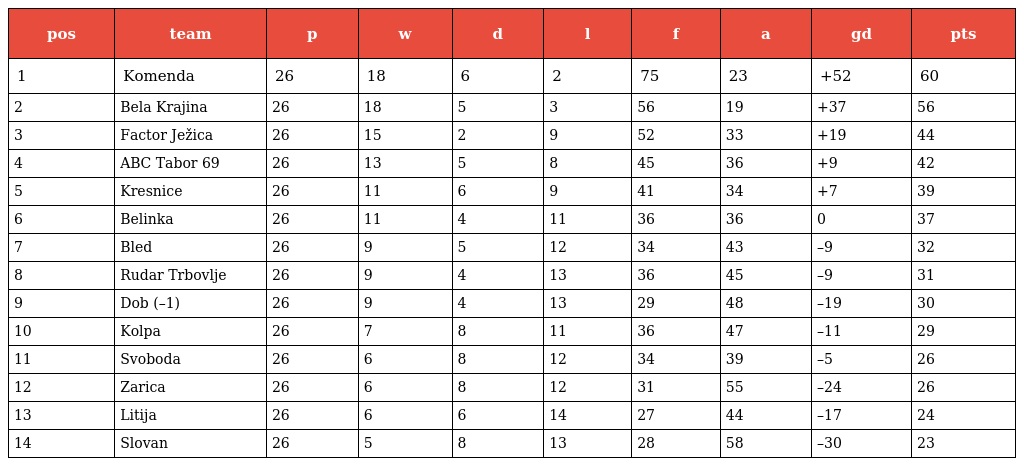
| pos | team | p | w | d | l | f | a | gd | pts |
 | --- | --- | --- | --- | --- | --- | --- | --- | --- | --- |
 | 1 | Komenda | 26 | 18 | 6 | 2 | 75 | 23 | +52 | 60 |
 | 2 | Bela Krajina | 26 | 18 | 5 | 3 | 56 | 19 | +37 | 56 |
 | 3 | Factor Ježica | 26 | 15 | 2 | 9 | 52 | 33 | +19 | 44 |
 | 4 | ABC Tabor 69 | 26 | 13 | 5 | 8 | 45 | 36 | +9 | 42 |
 | 5 | Kresnice | 26 | 11 | 6 | 9 | 41 | 34 | +7 | 39 |
 | 6 | Belinka | 26 | 11 | 4 | 11 | 36 | 36 | 0 | 37 |
 | 7 | Bled | 26 | 9 | 5 | 12 | 34 | 43 | –9 | 32 |
 | 8 | Rudar Trbovlje | 26 | 9 | 4 | 13 | 36 | 45 | –9 | 31 |
 | 9 | Dob (–1) | 26 | 9 | 4 | 13 | 29 | 48 | –19 | 30 |
 | 10 | Kolpa | 26 | 7 | 8 | 11 | 36 | 47 | –11 | 29 |
 | 11 | Svoboda | 26 | 6 | 8 | 12 | 34 | 39 | –5 | 26 |
 | 12 | Zarica | 26 | 6 | 8 | 12 | 31 | 55 | –24 | 26 |
 | 13 | Litija | 26 | 6 | 6 | 14 | 27 | 44 | –17 | 24 |
 | 14 | Slovan | 26 | 5 | 8 | 13 | 28 | 58 | –30 | 23 |